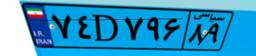
۷۴D۷۹۶۸۹